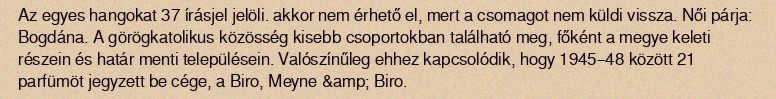
Az egyes hangokat 37 írásjel jelöli. akkor nem érhető el, mert a csomagot nem küldi vissza. Női párja: Bogdána. A görögkatolikus közösség kisebb csoportokban található meg, főként a megye keleti részein és határ menti településein. Valószínűleg ehhez kapcsolódik, hogy 1945–48 között 21 parfümöt jegyzett be cége, a Biro, Meyne &amp; Biro.